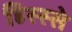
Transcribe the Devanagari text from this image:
हिस्‍स्‍से